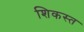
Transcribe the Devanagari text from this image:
शिकस्‍त